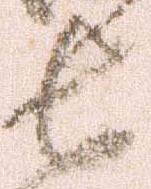
長